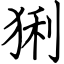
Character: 猁